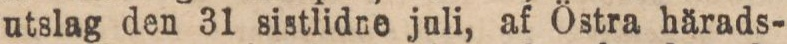
utslag den 31 sistlidne juli, af Östra härads-